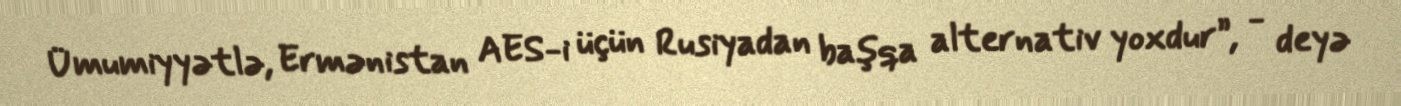
Ümumiyyətlə, Ermənistan AES-i üçün Rusiyadan başqa alternativ yoxdur”, - deyə